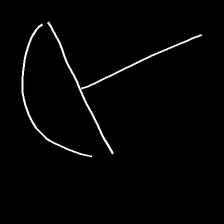
Glyph: dispersion